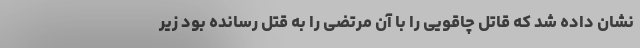
نشان داده شد که قاتل چاقویی را با آن مرتضی را به قتل رسانده بود زیر